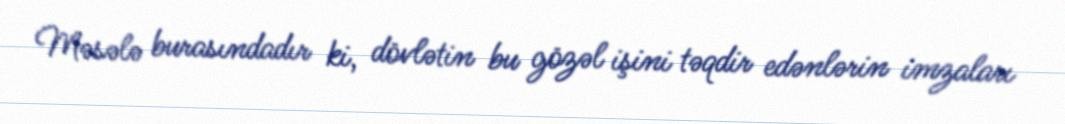
Məsələ burasındadır ki, dövlətin bu gözəl işini təqdir edənlərin imzaları